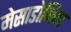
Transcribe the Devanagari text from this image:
मेसाडोनिया